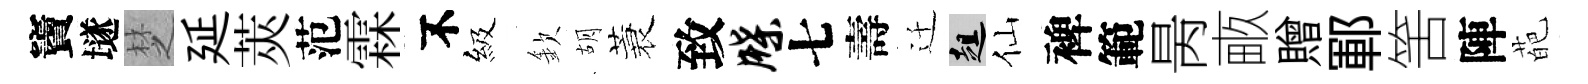
竇𡑞椘延莢范霖不級欽胡蓑致牒七壽迁趄仙裨範昺畞贈鄆筈陣葩